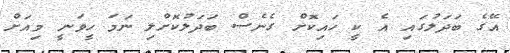
އޭގެ ބަދަލުގައި އެ ކީ ހައިކޮށް ގެނެސް ބަދަލުކޮށްލި ނަމަ ހީވަނީ މިއަށް